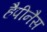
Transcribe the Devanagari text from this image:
हैपीनैस